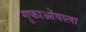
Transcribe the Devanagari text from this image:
गुफाओंवाला